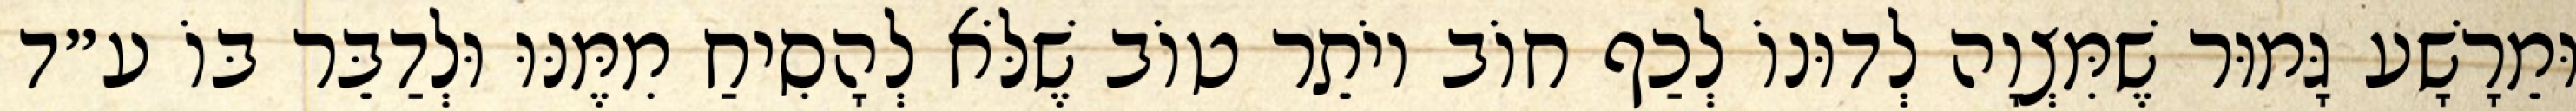
וּמֵרָשָׁע גָּמוּר שֶׁמִּצְוָה לְדוּנוֹ לְכַף חוֹב יוֹתֵר טוֹב שֶׁלֹּא לְהָסִיחַ מִמֶּנּוּ וּלְדַבֵּר בּוֹ ע״ד